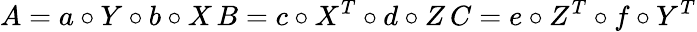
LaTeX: A=a\circ Y\circ b\circ X\, B=c\circ X^{T}\circ d\circ Z\, C=e\circ Z^{T}\circ f\circ Y^{T}